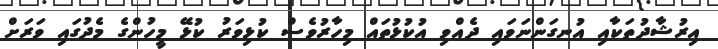
އިރުޝާދުތަކާއި އުނގަންނަވައި ދެއްވި އުކުޅުތައް މިހާރުވެސް ކުޅިވަރު ކުޅޭ މީހުންގެ މެދުގައި ވަރަށް